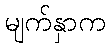
မျက်နှာက